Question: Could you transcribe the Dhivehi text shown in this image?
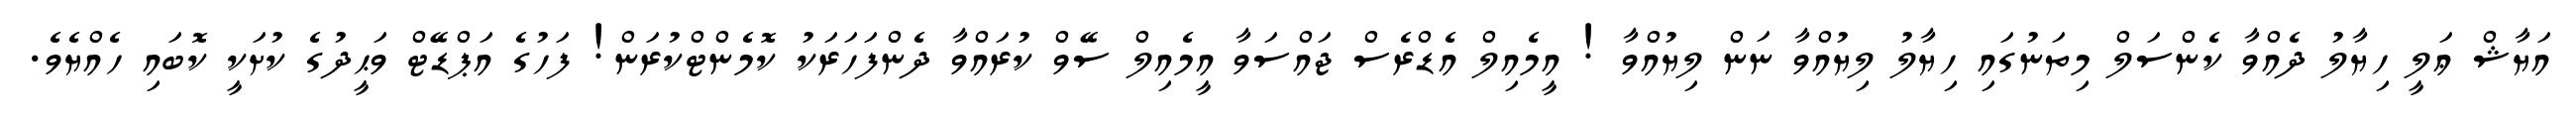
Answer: އަޔާޝް ޢަލީ ހިޔާލު ދެއްވާ ކެންސަލް މިތަނުގައި ހިޔާލު ލިޔުއްވާ ނަން ލިޔުއްވާ ! އީމެއިލް އެޑްރެސް ޖައްސަވާ އީމެއިލް ސޭވް ކުރައްވާ ދެންފަހަރަކު ކޮމެންޓްކުރަން! ފަހުގެ އަޕްޑޭޓް ވަޙީދުގެ ކުށަކީ ކޮބައި ހެއްޔެވެ.